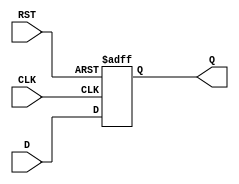
module StoreRegister #(
    parameter n = 8  // Width of the register (default is 8 bits)
)(
    input  wire [n-1:0] D,    // Data input
    input  wire CLK,           // Clock input
    input  wire RST,           // Asynchronous reset input
    output reg  [n-1:0] Q      // Data output
);

// Sequential logic for the Store Register
always @(posedge CLK or posedge RST) begin
    if (RST) begin
        Q <= {n{1'b0}}; // Reset Q to 0 (n bits)
    end else begin
        Q <= D; // Capture the input data on the rising edge of CLK
    end
end

endmodule